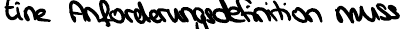
Eine Anforderungsdefinition muss